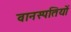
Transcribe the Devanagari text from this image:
वानस्पतियों